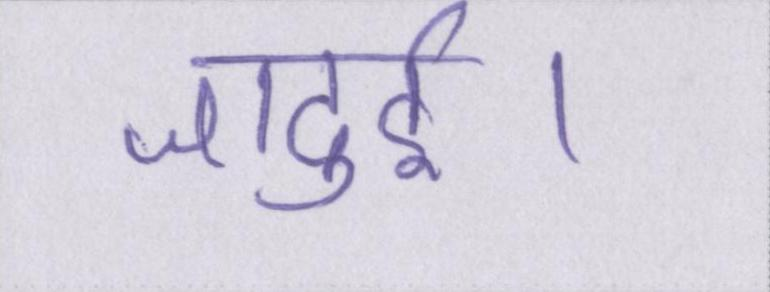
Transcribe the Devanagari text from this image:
जादुई।